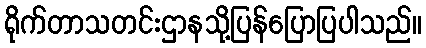
ရိုက်တာသတင်းဌာနသို့ပြန်ပြောပြပါသည်။